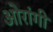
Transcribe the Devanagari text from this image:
ओरांगी